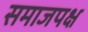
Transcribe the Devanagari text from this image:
समाजपक्ष